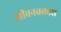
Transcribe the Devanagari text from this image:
जीवनचक्रास